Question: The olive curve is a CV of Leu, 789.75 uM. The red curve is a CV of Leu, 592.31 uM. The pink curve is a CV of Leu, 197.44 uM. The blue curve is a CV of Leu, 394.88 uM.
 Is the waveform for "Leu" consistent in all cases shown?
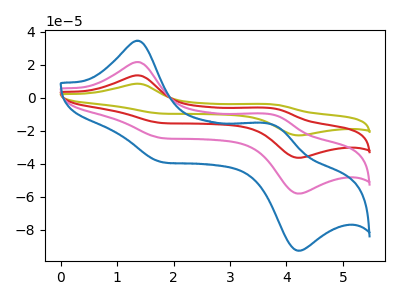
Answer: <think>The olive curve "Leu, 789.75 uM" has anodic peaks at (1.35V, 64.75uA) (3.75V, -30.35uA) and cathodic peaks at (1.85V, -73.80uA) (4.25V, -173.90uA). The red curve "Leu, 592.31 uM" has anodic peaks at (1.35V, 43.15uA) (3.75V, -20.25uA) and cathodic peaks at (1.85V, -49.20uA) (4.25V, -115.95uA). The pink curve "Leu, 197.44 uM" has anodic peaks at (1.35V, 21.60uA) (3.75V, -10.10uA) and cathodic peaks at (1.85V, -24.60uA) (4.25V, -57.95uA). The blue curve "Leu, 394.88 uM" has anodic peaks at (1.35V, 34.45uA) (3.75V, -16.15uA) and cathodic peaks at (1.85V, -39.25uA) (4.25V, -92.50uA).
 All the peaks in "Leu, 789.75 uM" have a peak in "Leu, 592.31 uM" at the same potential. All the peaks in "Leu, 789.75 uM" have a peak in "Leu, 197.44 uM" at the same potential. All the peaks in "Leu, 789.75 uM" have a peak in "Leu, 394.88 uM" at the same potential. All the peaks in "Leu, 592.31 uM" have a peak in "Leu, 197.44 uM" at the same potential. All the peaks in "Leu, 592.31 uM" have a peak in "Leu, 394.88 uM" at the same potential. All the peaks in "Leu, 197.44 uM" have a peak in "Leu, 394.88 uM" at the same potential.</think>
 <answer>All the CV's of "Leu" have similar shape.</answer>
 <eval>follow_rule</eval>